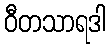
ဝီတသာရဒါ